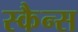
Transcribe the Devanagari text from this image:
स्कैन्स